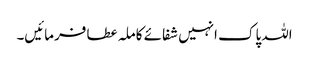
اللہ پاک انہیں شفائے کاملہ عطا فرمائیں۔